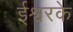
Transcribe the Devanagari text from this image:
ईश्वरके